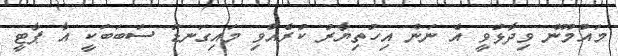
މައުމޫން ވިދާޅުވީ އެ ނަން އިހުތިޔާރު ކުރެއްވި މައިގަނޑު ސަބަބަކީ އާ ޕާޓީ